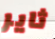
ثاير